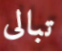
تبالى